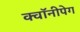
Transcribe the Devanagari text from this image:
क्वॉनीपेग